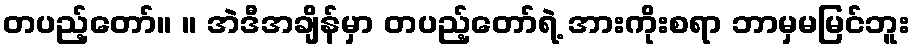
တပည့်တော်။ ။ အဲဒီအချိန်မှာ တပည့်တော်ရဲ့ အားကိုးစရာ ဘာမှမမြင်ဘူး